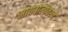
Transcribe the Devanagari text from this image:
मायबोलीवरचे